Martna_vallavalitsus, lk 18
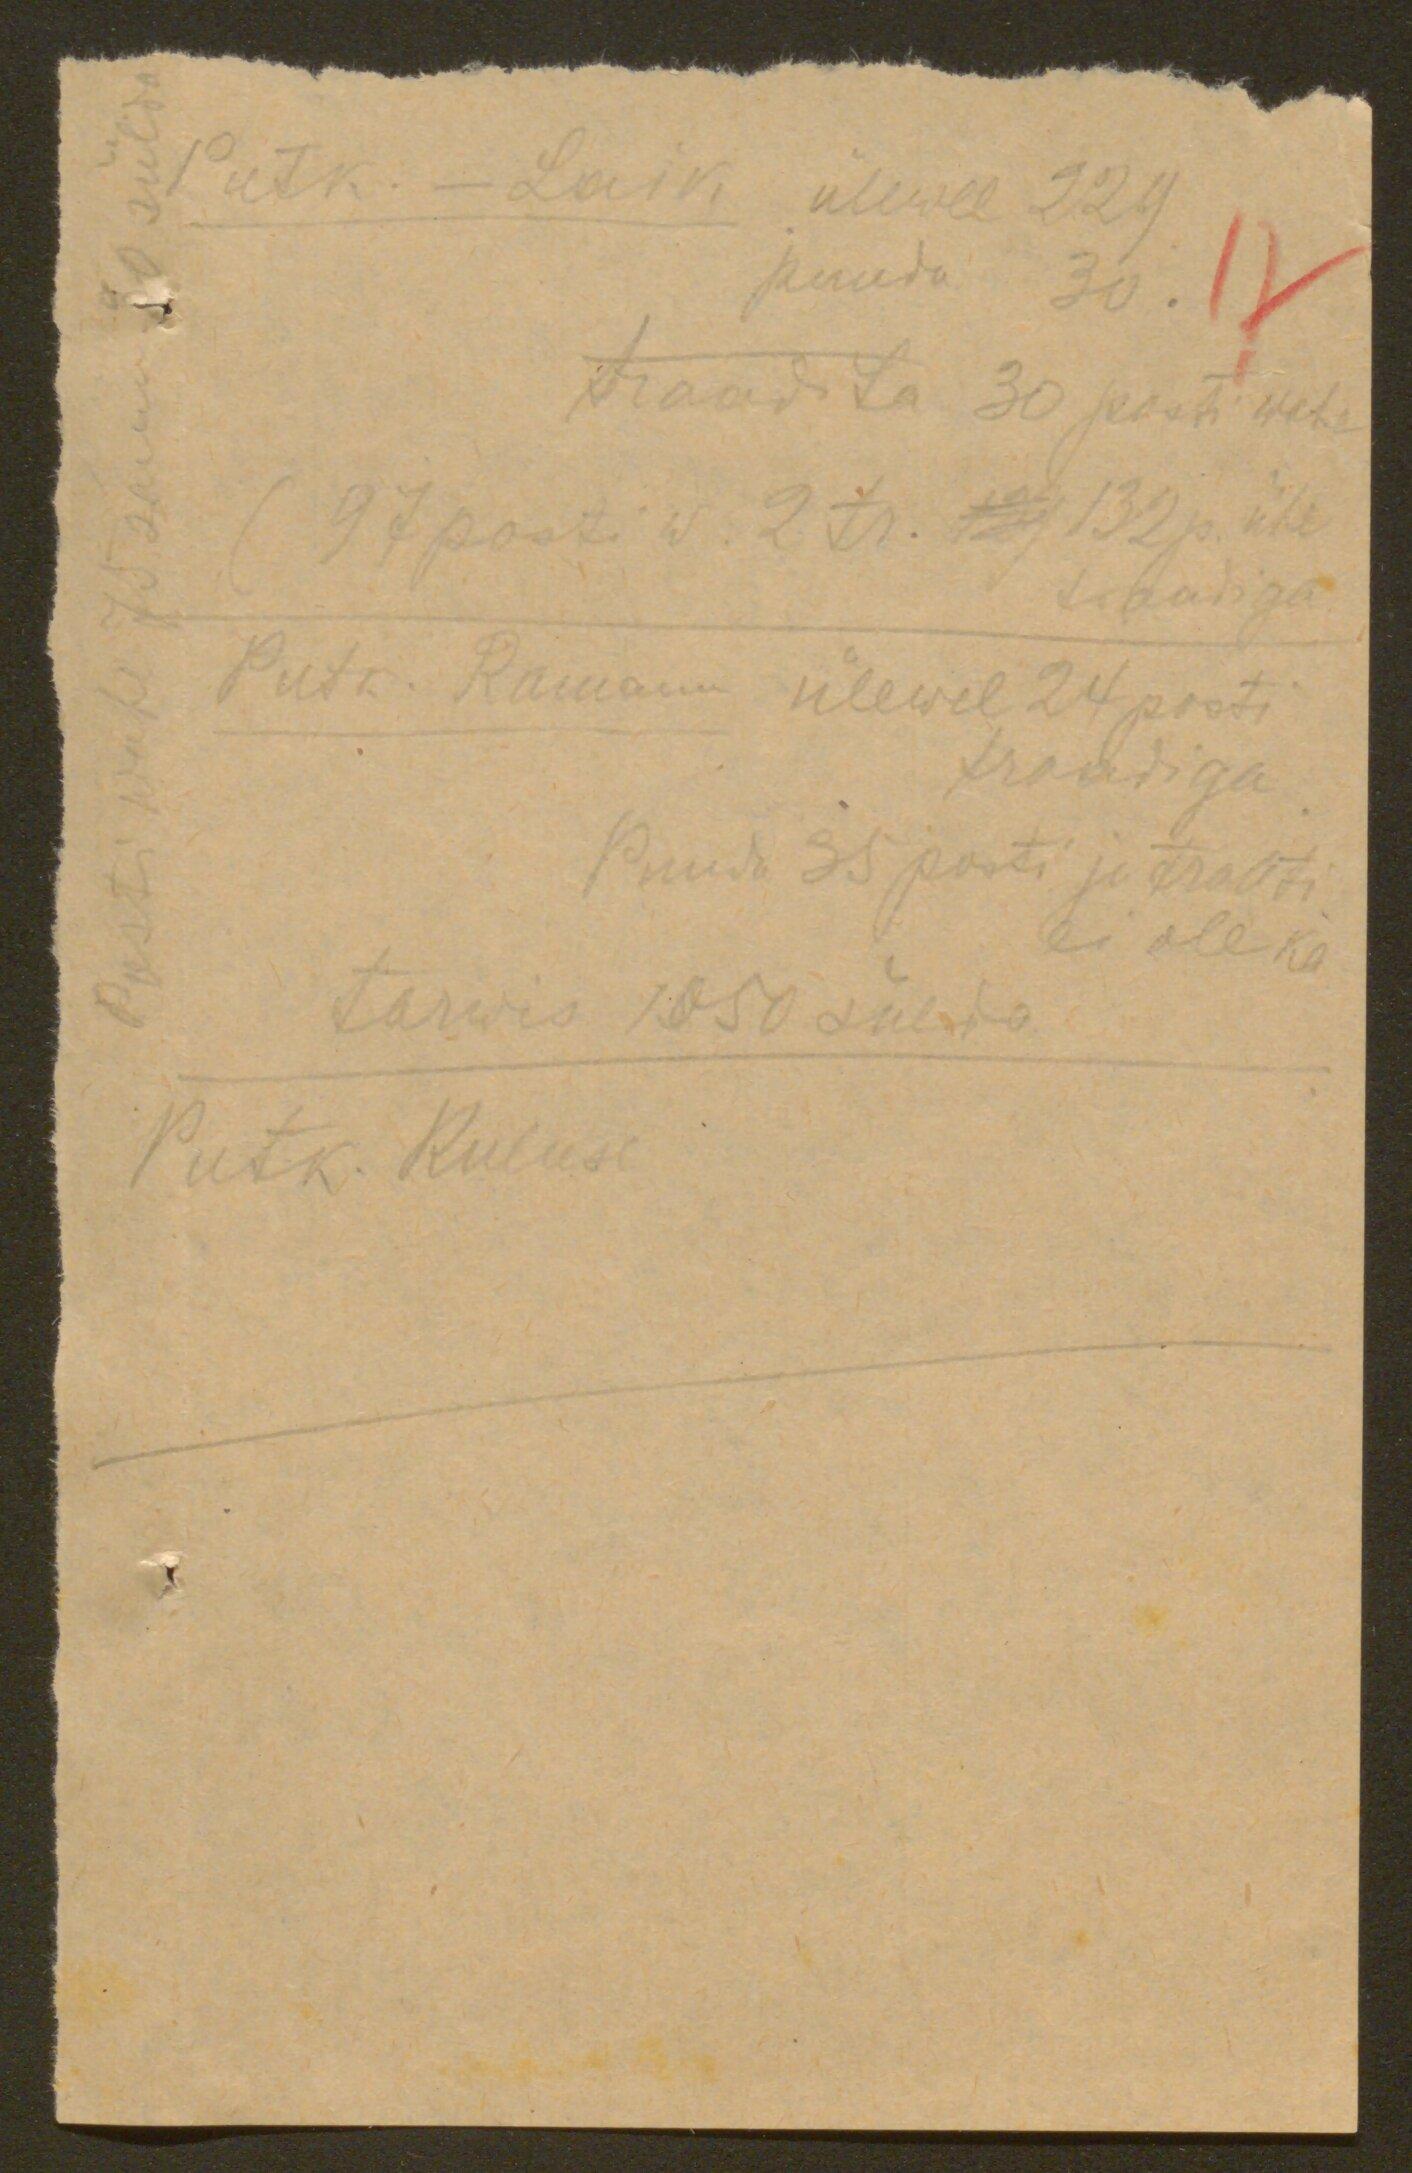
Posti wahe 75 sammu 90 sülda
Putk. - Laik. ülewel 229
puuda 30. 17
traadita 30 posti wahe
(97 posti w. 2 tr. No 132 p. ühe
traadiga
Putk. Ramann ülewel 24 posti.
traadiga
Puudo 35 posti ja traati
ei ole ka
tarwis 1050 sülda
Putk. Kuluse